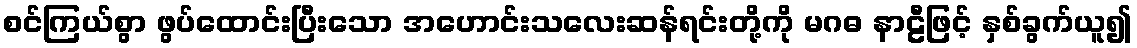
စင်ကြယ်စွာ ဖွပ်ထောင်းပြီးသော အဟောင်းသလေးဆန်ရင်းတို့ကို မဂဓ နာဠီဖြင့် နှစ်ခွက်ယူ၍